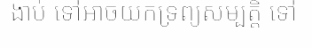
ងាប់ ទៅអាចយកទ្រព្យសម្បត្តិ ទៅ